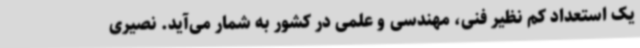
یک استعداد کم نظیر فنی، مهندسی و علمی در کشور به شمار می‌آید. نصیری